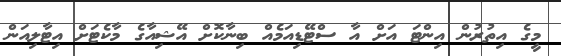
މީގެ އިތުރުން އިންޓަ އަށް އާ ސްޓޭޑިއަމެއް ބިނާކޮށް އޭޝިއާގެ މާކެޓަށް އިޓާލިއަން